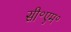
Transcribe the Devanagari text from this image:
सी॰एम॰